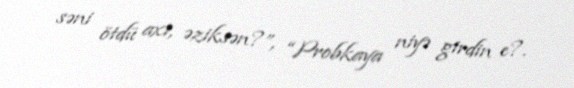
səni ötdü axı, əziksən?”, “Probkaya niyə girdin e?.